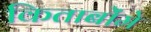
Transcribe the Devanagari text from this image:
किताबोंमे